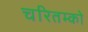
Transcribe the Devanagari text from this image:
चरितम्को